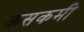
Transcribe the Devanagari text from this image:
कसकमी